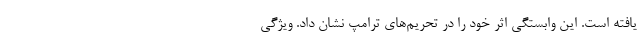
یافته است. این وابستگی اثر خود را در تحریم‌های ترامپ نشان داد. ویژگی